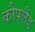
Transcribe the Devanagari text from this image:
कौपलैंड